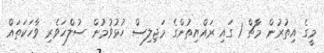
މީގެ އިތުރުން މާޗް 1 ގައި ރައްޔިތުންގެ މަޖިލިސް ހުޅުވުމުން ސުލްހަވެރި ވާހަކަތައް